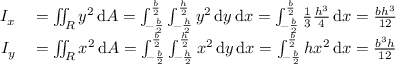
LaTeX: \begin{array} { r l } { I _ { x } } & { { } = \iint _ { R } y ^ { 2 } \, \mathrm { d } A = \int _ { - { \frac { b } { 2 } } } ^ { \frac { b } { 2 } } \int _ { - { \frac { h } { 2 } } } ^ { \frac { h } { 2 } } y ^ { 2 } \, \mathrm { d } y \, \mathrm { d } x = \int _ { - { \frac { b } { 2 } } } ^ { \frac { b } { 2 } } { \frac { 1 } { 3 } } { \frac { h ^ { 3 } } { 4 } } \, \mathrm { d } x = { \frac { b h ^ { 3 } } { 1 2 } } } \\ { I _ { y } } & { { } = \iint _ { R } x ^ { 2 } \, \mathrm { d } A = \int _ { - { \frac { b } { 2 } } } ^ { \frac { b } { 2 } } \int _ { - { \frac { h } { 2 } } } ^ { \frac { h } { 2 } } x ^ { 2 } \, \mathrm { d } y \, \mathrm { d } x = \int _ { - { \frac { b } { 2 } } } ^ { \frac { b } { 2 } } h x ^ { 2 } \, \mathrm { d } x = { \frac { b ^ { 3 } h } { 1 2 } } } \end{array}